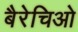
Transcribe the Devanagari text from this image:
बैरेचिओ